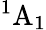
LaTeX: ^1\mathrm{A}_{1}